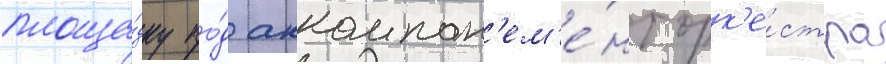
площа́дку по́д аккомпан'ем'е́нт орк'е́стра